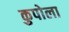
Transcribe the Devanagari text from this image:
कुपोला